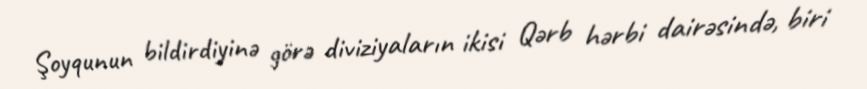
Şoyqunun bildirdiyinə görə diviziyaların ikisi Qərb hərbi dairəsində, biri